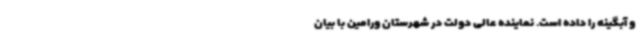
و آبگینه را داده است. نماینده عالی دولت در شهرستان ورامین با بیان